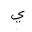
Letter: _ya